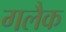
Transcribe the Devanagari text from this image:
गलैक